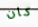
كان